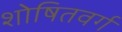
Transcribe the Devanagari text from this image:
शोषितवर्ग